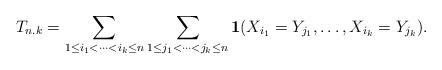
LaTeX: \begin{align*} T_{n.k} = \sum_{1 \leq i_1 < \cdots < i_k \leq n} \sum_{1 \leq j_1 < \cdots < j_k \leq n} \mathbf{1} (X_{i_1} = Y_{j_1},\ldots, X_{i_k} = Y_{j_k}).\end{align*}